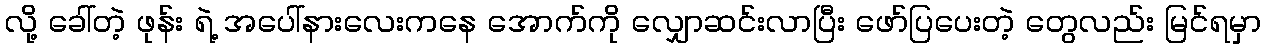
လို့ ခေါ်တဲ့ ဖုန်း ရဲ့ အပေါ်နားလေးကနေ အောက်ကို လျှောဆင်းလာပြီး ဖော်ပြပေးတဲ့ တွေလည်း မြင်ရမှာ